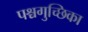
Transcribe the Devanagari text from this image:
पश्चगुच्छिका